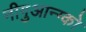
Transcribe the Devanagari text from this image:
नीगुआन्ग्को